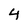
Character: 4